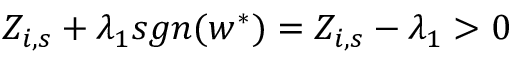
Z _ { i , s } + \lambda _ { 1 } s g n ( w ^ { \ast } ) = Z _ { i , s } - \lambda _ { 1 } > 0